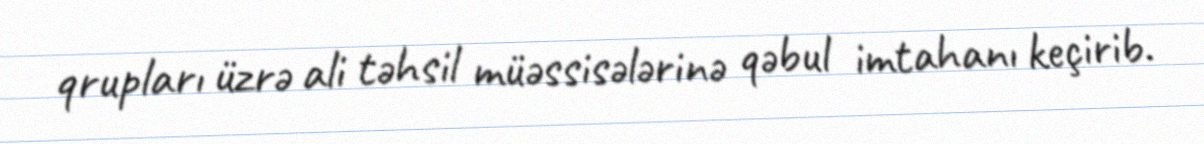
qrupları üzrə ali təhsil müəssisələrinə qəbul imtahanı keçirib.